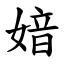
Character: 㛺